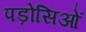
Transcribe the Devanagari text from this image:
पड़ोसिओं